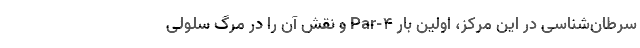
سرطان‌شناسی در این مرکز، اولین بار Par-۴ و نقش آن را در مرگ سلولی